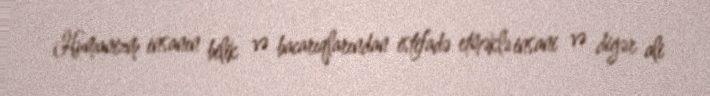
Humanizm insanın bilik və bacarıqlarından istifadə etməklə insani və digər ali